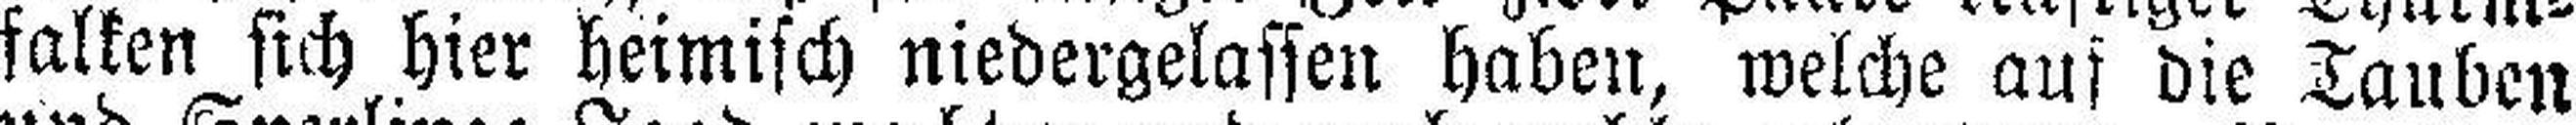
falken sich hier heimisch niedergelassen haben, welche aus die Tauben